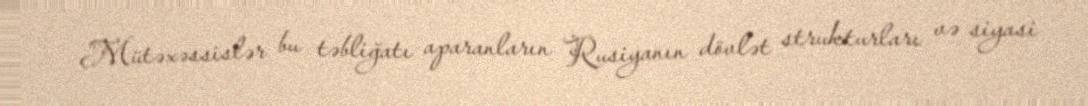
Mütəxəssislər bu təbliğatı aparanların Rusiyanın dövlət strukturları və siyasi